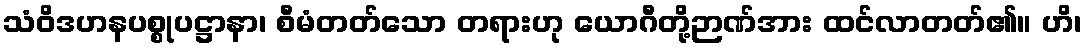
သံဝိဒဟနပစ္စုပဋ္ဌာနာ၊ စီမံတတ်သော တရားဟု ယောဂီတို့ဉာဏ်အား ထင်လာတတ်၏။ ဟိ၊